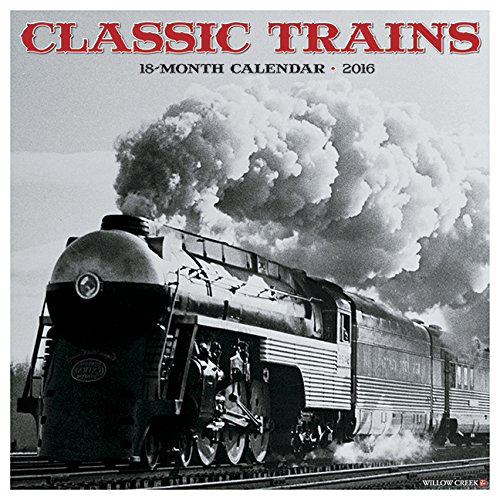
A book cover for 2016 Classic Trains Wall Calendar; Willow Creek Press; Engineering & Transportation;